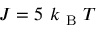
J = 5 \mathrm { ~ } k _ { \mathrm { ~ B ~ } } T